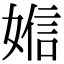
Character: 㜃